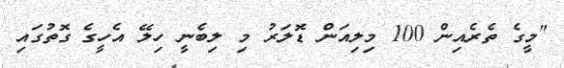
"މީގެ ތެރެއިން 100 މިލިއަން ޑޮލަރު މި ލިބެނީ ހިލޭ އެހީގެ ގޮތުގައި